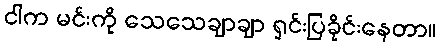
ငါက မင်းကို သေသေချာချာ ရှင်းပြခိုင်းနေတာ။